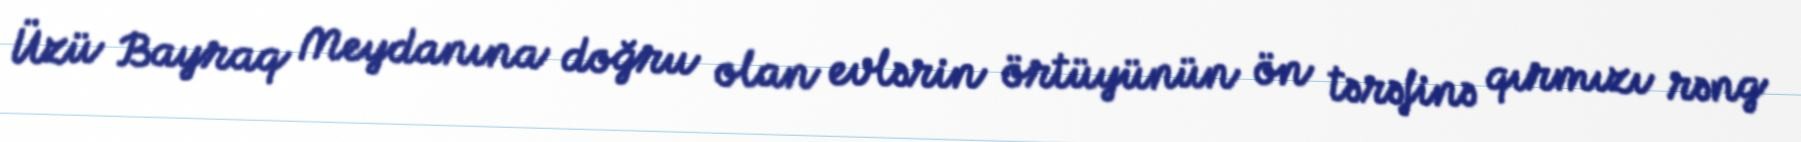
Üzü Bayraq Meydanına doğru olan evlərin örtüyünün ön tərəfinə qırmızı rəng